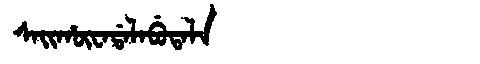
Manchu: ᠰᠠᡳᡥᡡᠸᠠᡩᠠᠯᠠᠪᡠᡨᠠᠯᠠ
Romanization: SAIHŪWADALABUTALA